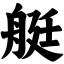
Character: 艇